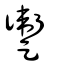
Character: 躛